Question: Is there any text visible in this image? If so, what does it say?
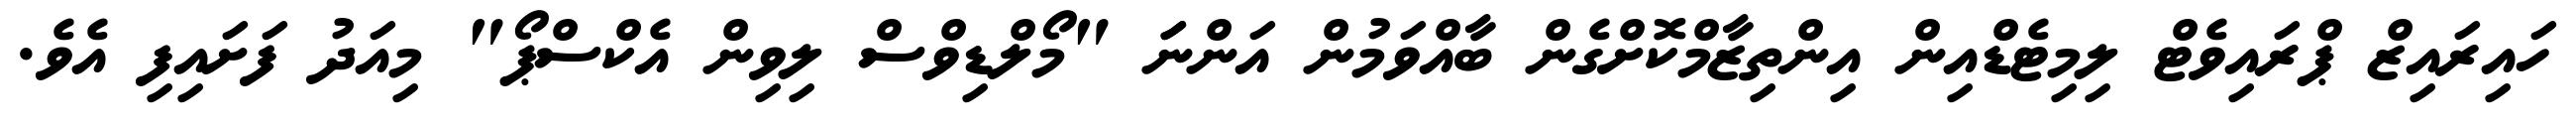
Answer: ހައިރައިޒް ޕްރައިވެޓް ލިމިޓެޑްއިން އިންތިޒާމްކޮށްގެން ބާއްވަމުން އަންނަަ "މޯލްޑިވްސް ލިވިން އެކްސްޕޯ" މިއަދު ފަށައިފި އެވެ.